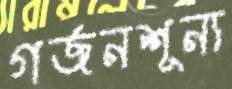
গর্জনশূন্য